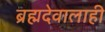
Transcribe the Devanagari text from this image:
ब्रह्मदेवालाही